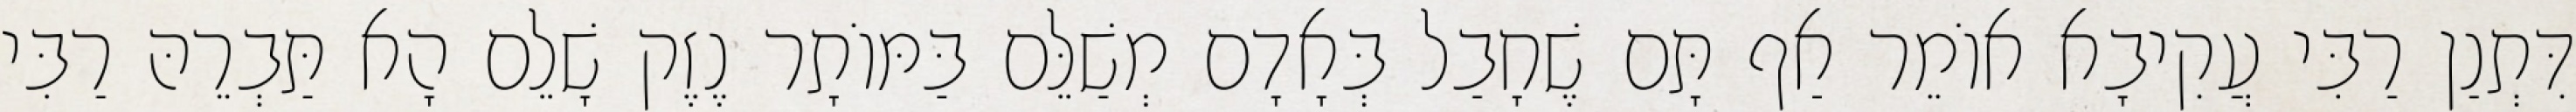
דִּתְנַן רַבִּי עֲקִיבָא אוֹמֵר אַף תָּם שֶׁחָבַל בְּאָדָם מְשַׁלֵּם בַּמּוֹתָר נֶזֶק שָׁלֵם הָא תַּבְרֵהּ רַבִּי